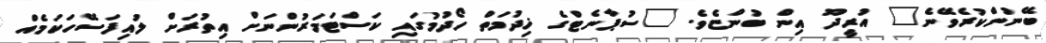
ބޭނުންކުރެވޭނެ" އުރީދޫ އިން ބުންޏެވެ. "ސުޕާނެޓްގެ ޚިދުމަތް ހޯދުމުގައި ކަސްޓަމަރުންނަށް އިތުރަށް ލުއިފަސޭހަކަމެއް